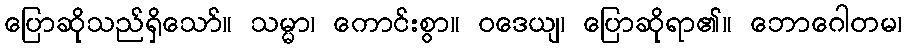
ပြောဆိုသည်ရှိသော်။ သမ္မာ၊ ကောင်းစွာ။ ဝဒေယျ၊ ပြောဆိုရာ၏။ ဘောဂေါတမ၊